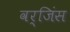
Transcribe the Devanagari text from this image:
वर्जिंस